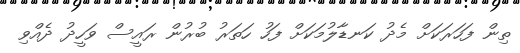
ތިން ފަހަރަކަށް މެދު ކަނޑާލުމަކަށް ފަހު ހަތަރު ބުރުން ރައީސް ވަހީދު ދެއްވި